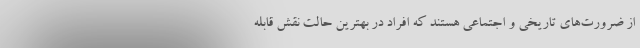
از ضرورت‌هاي تاريخي و اجتماعي هستند كه افراد در بهترين حالت نقش قابله